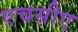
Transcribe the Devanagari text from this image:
एचसीए